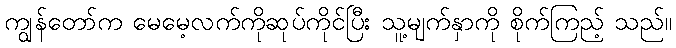
ကျွန်တော်က မေမေ့လက်ကိုဆုပ်ကိုင်ပြီး သူ့မျက်နှာကို စိုက်ကြည့် သည်။